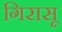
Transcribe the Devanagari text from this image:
गिरासू